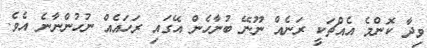
ވިދާ ކޮންމެ އެއްޗަކީ ރަނެއް ނޫނޭ ބުނާހެން އޭގައި ރަހައެއް ނުހުންނާނެ އެވެ.